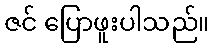
ဇင် ပြောဖူးပါသည်။